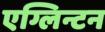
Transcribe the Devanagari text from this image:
एग्लिन्टन